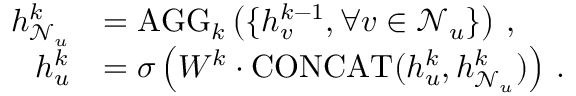
\begin{array} { r l } { h _ { \mathcal { N } _ { u } } ^ { k } } & { = \mathrm { A G G } _ { k } \left( \{ h _ { v } ^ { k - 1 } , \forall v \in \mathcal { N } _ { u } \} \right) \, , } \\ { h _ { u } ^ { k } } & { = \sigma \left( W ^ { k } \cdot \mathrm { C O N C A T } ( h _ { u } ^ { k } , h _ { \mathcal { N } _ { u } } ^ { k } ) \right) \, . } \end{array}